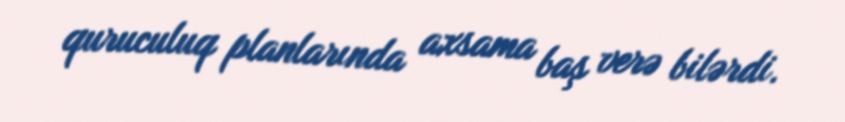
quruculuq planlarında axsama baş verə bilərdi.